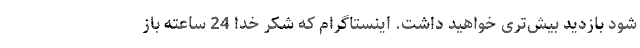
شود بازدید بیش‌تری خواهید داشت. اینستاگرام که شکر خدا 24 ساعته باز